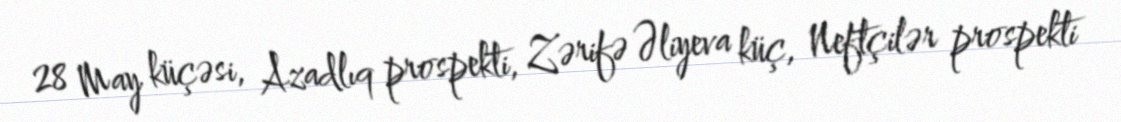
28 May küçəsi, Azadlıq prospekti, Zərifə Əliyeva küç, Neftçilər prospekti